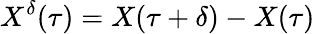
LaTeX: X^{\delta}(\tau)=X(\tau+\delta)-X(\tau)